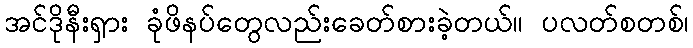
အင်ဒိုနီးရှား ခုံဖိနပ်တွေလည်းခေတ်စားခဲ့တယ်။ ပလတ်စတစ်၊